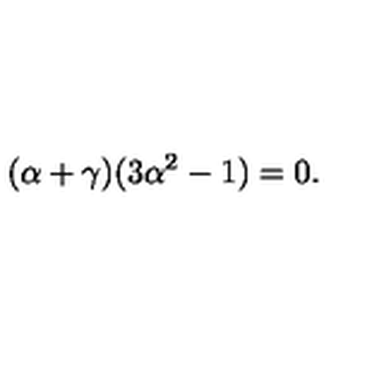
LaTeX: ( \alpha + \gamma ) ( 3 \alpha ^ { 2 } - 1 ) = 0 .